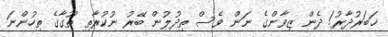
ޚަބަރުދާރު! ދެން ޒިވާންގެ ނަން ވެސް ތިދުލުން ބޭރު ނުކުރާތި ތޫގާގެ ތިހުންނަ